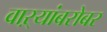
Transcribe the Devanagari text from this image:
वाऱ्यांबरोबर